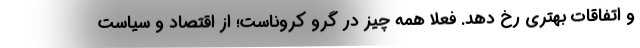
و اتفاقات بهتری رخ دهد. فعلا همه چیز در گرو کروناست؛ از اقتصاد و سیاست